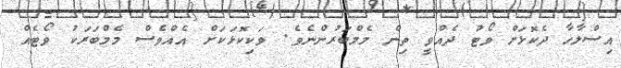
އިސްލާހާ ދެކޮޅަށް ވޯޓު ދެއްވީ ތިން މެމްބަރުންނެވެ. ވަކިކޮޅަކަށް އެއްވެސް މެމްބަރަކު ވޯޓެއް